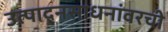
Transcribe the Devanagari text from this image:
उत्पादनसाधनांवरची